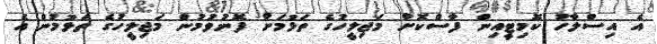
އެ އިސްލާހު ކޮމިޓީއިން ފާސްކޮށް މަޖިލީހުގެ ތަޅުމަށް ފޮނުވުމުން މަޖިލީހުގެ ތަޅުމުން އެ